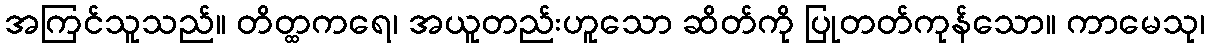
အကြင်သူသည်။ တိတ္ထကရေ၊ အယူတည်းဟူသော ဆိတ်ကို ပြုတတ်ကုန်သော။ ကာမေသု၊